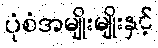
ပုံစံအမျိုးမျိုးနှင့်